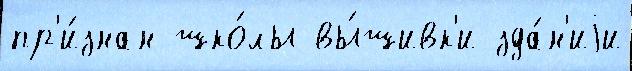
пр'и́знан шко́лы вы́шивк'и зда́н'иjи